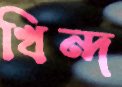
খিন্দ